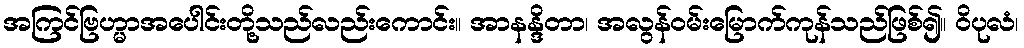
အကြင်ဗြဟ္မာအပေါင်းတို့သည်လည်းကောင်း။ အာနန္ဒိတာ၊ အလွန်ဝမ်းမြောက်ကုန်သည်ဖြစ်၍။ ဝိပုလံ၊